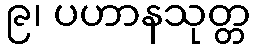
၉၊ ပဟာနသုတ္တ